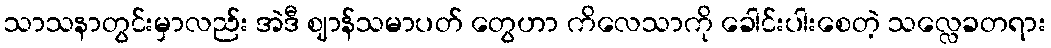
သာသနာတွင်းမှာလည်း အဲဒီ ဈာန်သမာပတ် တွေဟာ ကိလေသာကို ခေါင်းပါးစေတဲ့ သလ္လေခတရား